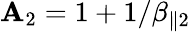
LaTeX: \mathbf{A}_{2}=1+1/\beta_{\parallel2}